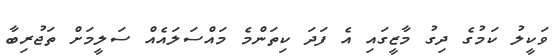
ވަކީލު ކަމުގެ ދިގު މާޒީގައި އެ ފަދަ ކިތަންމެ މައްސަލައެއް ސަލީމަށް ތަޖުރިބާ